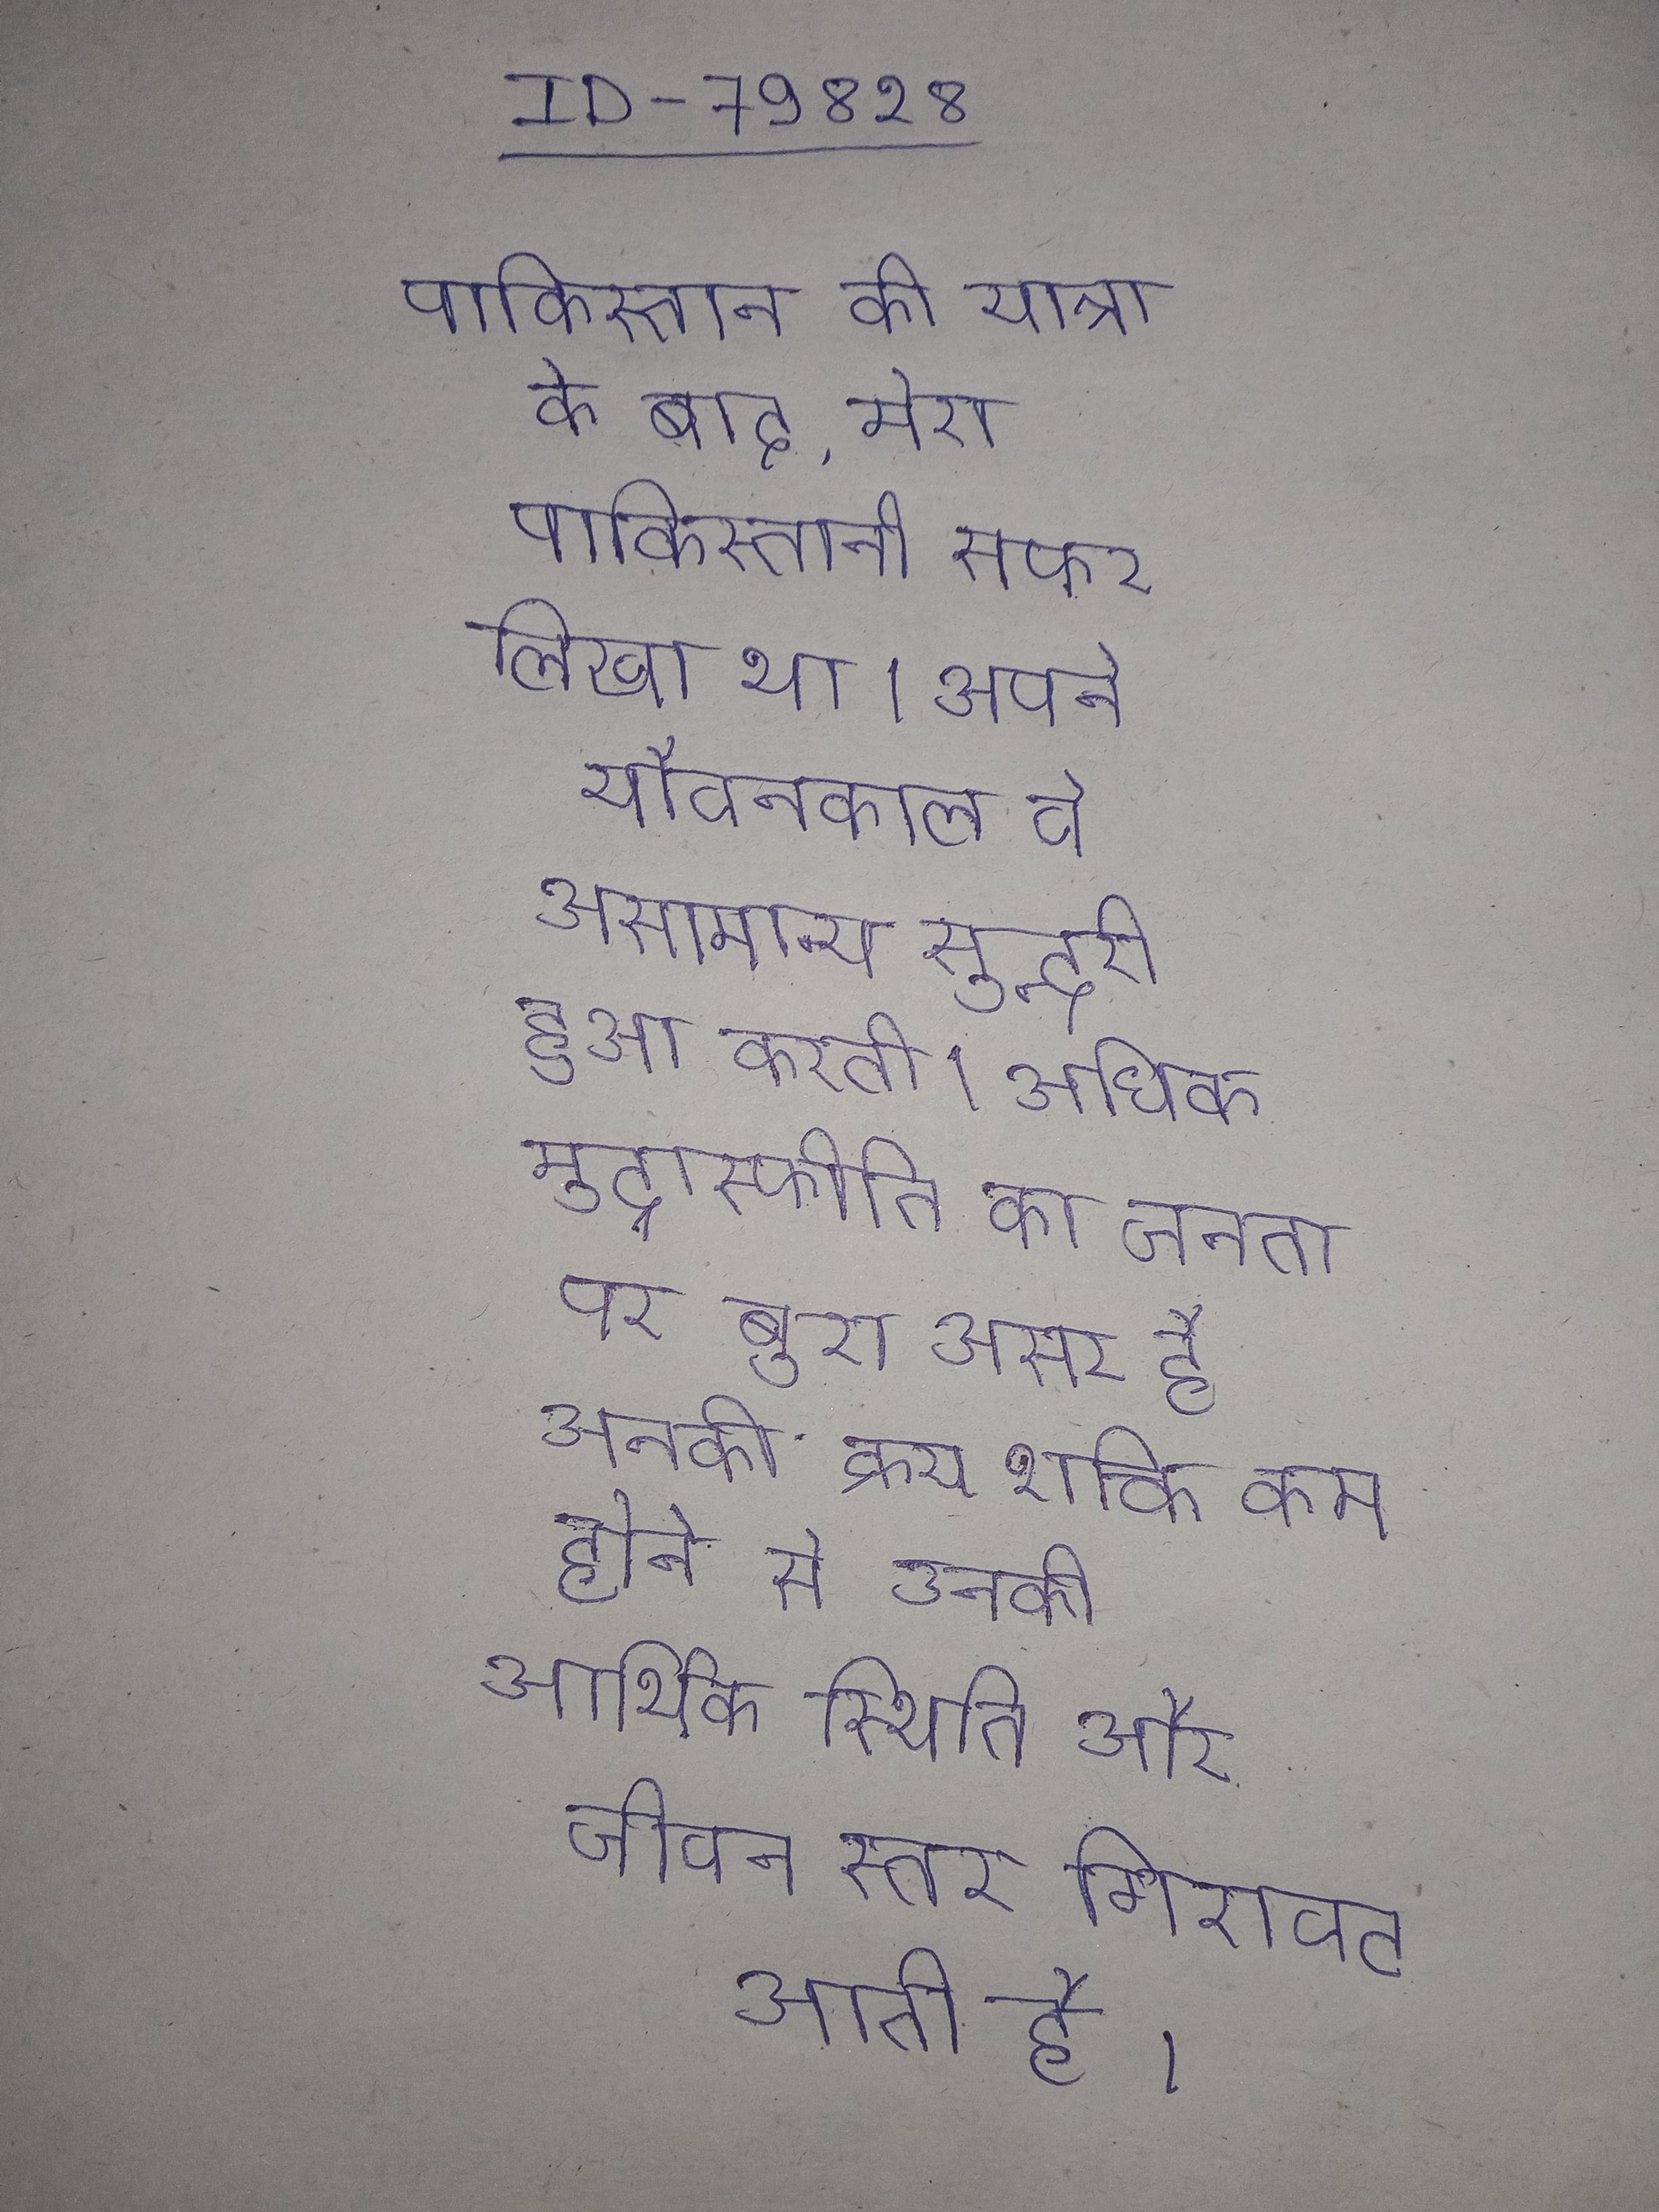
पाकिस्तान की यात्रा के बाद, मेरा पाकिस्तानी सफर लिखा था । अपने यौवनकाल वे असामान्य सुन्दरी हुआ करती । अधिक मुद्रास्फीति का जनता पर बुरा असर है उनकी क्रय शक्ति कम होने से उनकी आर्थिक स्थिति और जीवन स्तर गिरावट आती है ।